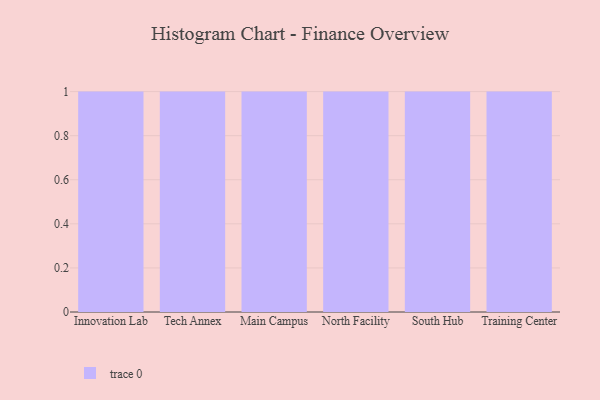
{"axis": {"x": "Campus", "y": "Website Visitors"}, "legend": [""], "data": [{"x": "Innovation Lab", "y": 41, "type": ""}, {"x": "Tech Annex", "y": 18, "type": ""}, {"x": "Main Campus", "y": 90, "type": ""}, {"x": "North Facility", "y": 89, "type": ""}, {"x": "South Hub", "y": 86, "type": ""}, {"x": "Training Center", "y": 42, "type": ""}]}